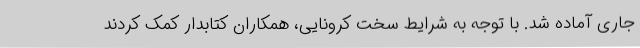
جاری آماده شد. با توجه به شرایط سخت کرونایی، همکاران کتابدار کمک کردند